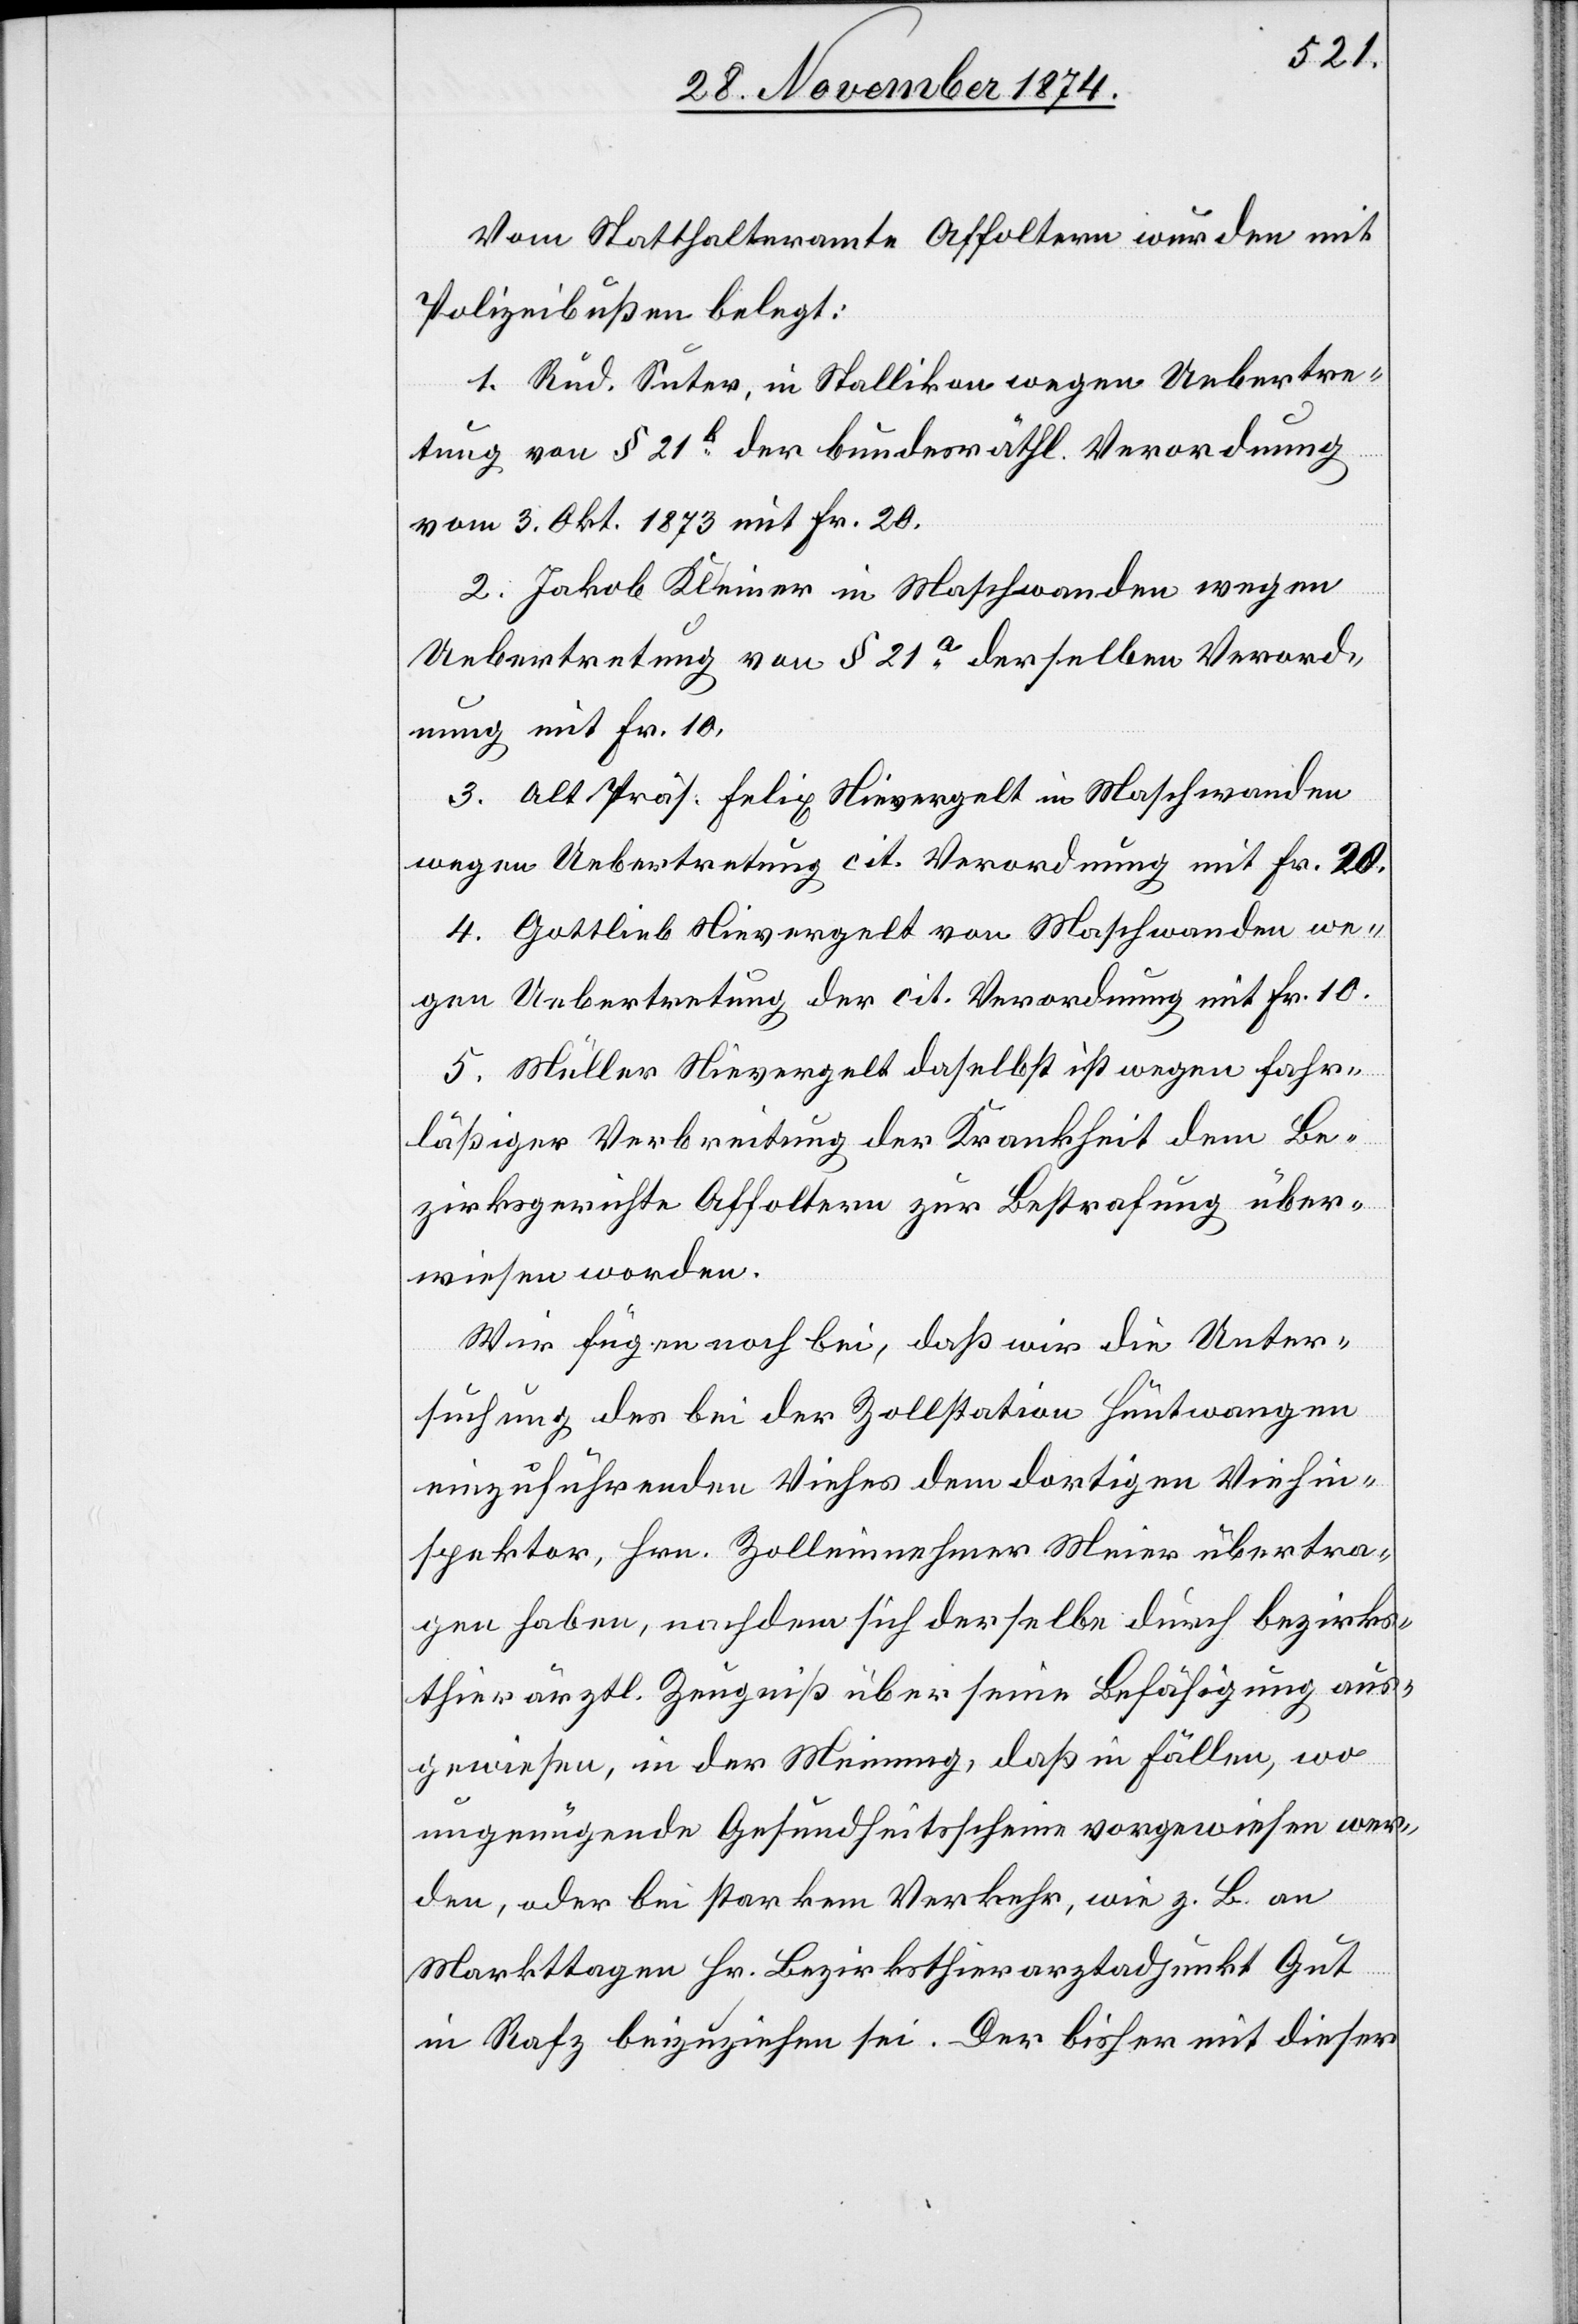
Vom Statthalteramte Affoltern wurden mit
Polizeibußen belegt:
1. Rud. Suter, in Stallikon wegen Uebertre¬
tung von § 21b der bundesräthl. Verordnung
vom 3. Okt. 1873 mit Fr. 20.
2. Jakob Kleiner in Maschwanden wegen
Uebertretung von § 21a derselben Verord¬
nung mit Fr. 10.
3. Alt Präs. Felix Nievergelt in Maschwanden
4. Gottlieb Nievergelt von Maschwanden we¬
gen Uebertretung der cit. Verordnung mit Fr. 10.
5. Müller Nievergelt daselbst ist wegen fahr¬
läßiger Verbreitung der Krankheit dem Be¬
zirksgerichte Affoltern zur Bestrafung über¬
wiesen worden.
Wir fügen noch bei, daß wir eine Unter¬
suchung des bei der Zollstation Hüntwangen
einzuführenden Viehes dem dortigen Viehin¬
spektor, Hrn. Zolleinnehmer Meier übertra¬
gen haben, nachdem sich derselbe durch bezirks¬
thierärztl. Zeugniß über seine Befähigung aus¬
gewiesen, in der Meinung, daß in Fällen, wo
ungenügende Gesundheitsscheine vorgewiesen wer¬
den, oder bei starkem Verkehr, wie z. B. an
Markttagen Hr. Bezirksthierarztadjunkt Gut
in Rafz beizuziehen sei. Der bisher mit dieser